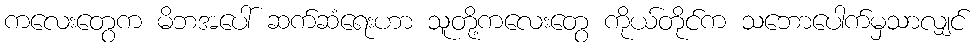
ကလေးတွေက မိဘအပေါ် ဆက်ဆံရေးဟာ သူတို့ကလေးတွေ ကိုယ်တိုင်က သဘောပေါက်မှသာလျှင်